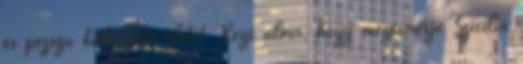
és pezsgő kulturális életét Régi álma, hogy megismerje Szicília